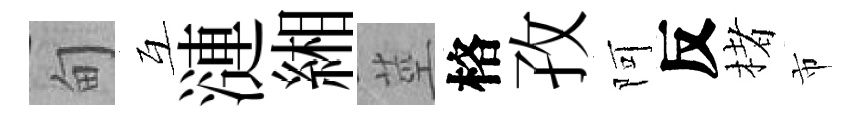
甸互漣緗莖格孜阿反楮市